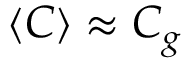
\langle C \rangle \approx C _ { g }